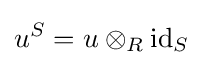
u^{S}=u\otimes _{R}{\text{id}}_{S}